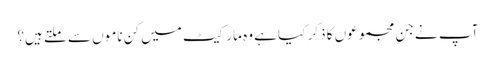
آپ نے جن مجموعوں کا ذکر کیا ہے وہ مارکیٹ میں کن ناموں سے ملتے ہیں؟